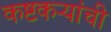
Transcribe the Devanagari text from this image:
कष्टकऱ्यांची